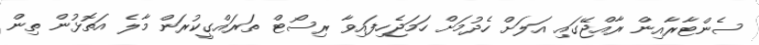
ސެންޓާރާއިން ރާއްޖޭގައި އަލަށް ހެދުމަށް ހަމަޖެހިފައިވާ ރިސޯޓް ތަރައްގީކުރަން މާލެ އަތޮޅުން ތިން